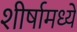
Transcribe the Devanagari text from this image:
शीर्षामध्ये